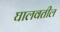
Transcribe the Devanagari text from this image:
घालवतील